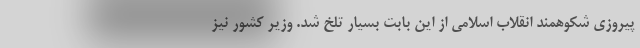
پیروزی شکوهمند انقلاب اسلامی از این بابت بسیار تلخ شد. وزیر کشور نیز